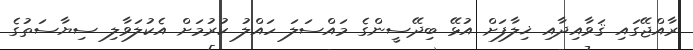
ރާއްޖޭގައި ޤަވާއިދާއި ޚިލާފަށް އުޅޭ ބިދޭސީންގެ މައްސަލަ ހައްލު ކުރުމަށް އެކުލަވާލި ސިޔާސަތުގެ